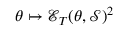
\theta \mapsto \mathcal { E } _ { T } ( \theta , \mathcal { S } ) ^ { 2 }